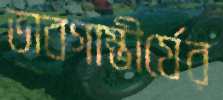
ভাবগাম্ভীর্যের